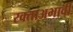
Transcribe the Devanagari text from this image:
रक्ताअभावी